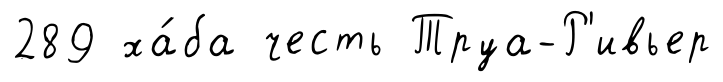
289 ха́ба честь Труа-Р'ивьер